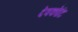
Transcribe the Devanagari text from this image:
देवकोटि